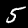
Digit: 5